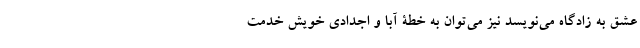
عشقِ به زادگاه می‌نویسد نیز می‌توان به خطۀ آبا و اجدادی خویش خدمت